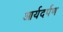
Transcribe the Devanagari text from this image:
आर्यदर्पण